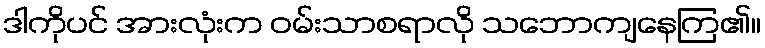
ဒါကိုပင် အားလုံးက ဝမ်းသာစရာလို သဘောကျနေကြ၏။